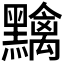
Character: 𪒭